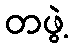
တဖွဲ့